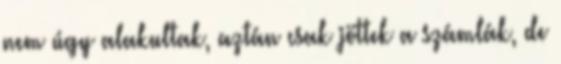
nem úgy alakultak, aztán csak jöttek a számlák, de